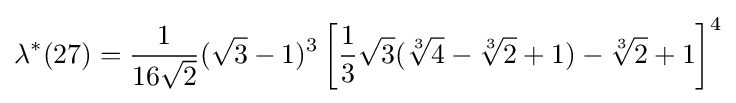
\lambda ^{*}(27)={\frac {1}{16{\sqrt {2}}}}({\sqrt {3}}-1)^{3}\left[{\frac {1}{3}}{\sqrt {3}}({\sqrt[{3}]{4}}-{\sqrt[{3}]{2}}+1)-{\sqrt[{3}]{2}}+1\right]^{4}